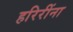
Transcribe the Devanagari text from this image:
हरिरींना